Report of the Indian Hemp Drugs Commission, 1894-1895 - Volume I
Year: 1894
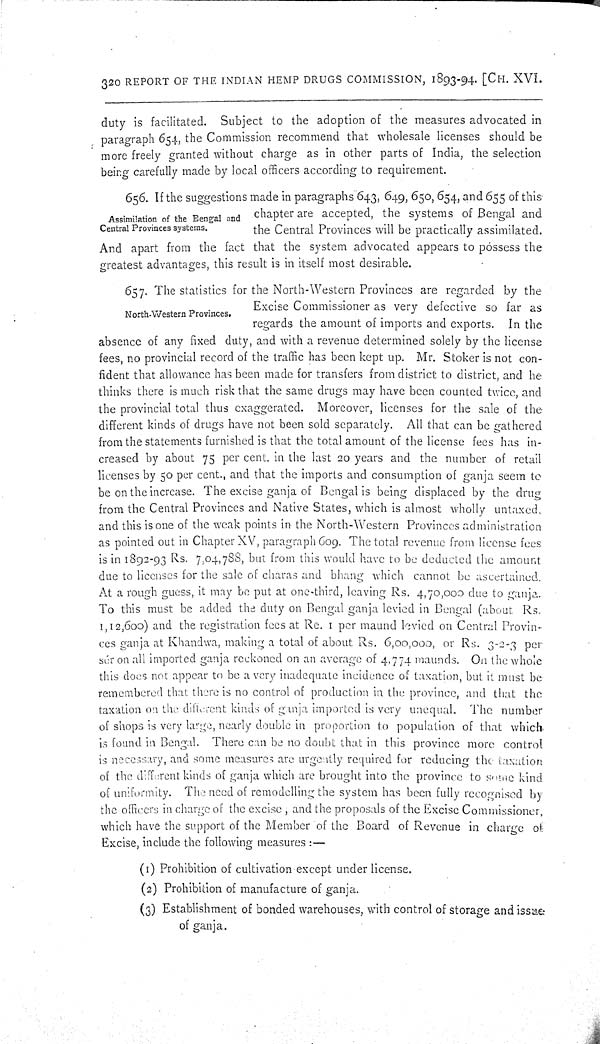
320 REPORT OF THE INDIAN HEMP DRUGS COMMISSION, 1893-94. [CH. XVI.
duty is facilitated. Subject to the adoption of the measures advocated in
paragraph 654, the Commission recommend that wholesale licenses should be
more freely granted without charge as in other parts of India, the selection
being carefully made by local officers according to requirement.
Assimilation of the Bengal and
Central Provinces systems.
656. If the suggestions made in paragraphs 643, 649, 650, 654, and 655 of this
chapter are accepted, the systems of Bengal and
the Central Provinces will be practically assimilated.
And apart from the fact that the system advocated appears to possess the
greatest advantages, this result is in itself most desirable.
North-Western Provinces.
657. The statistics for the North-Western Provinces are regarded by the
Excise Commissioner as very defective so far as
regards the amount of imports and exports. In the
absence of any fixed duty, and with a revenue determined solely by the license
fees, no provincial record of the traffic has been kept up. Mr. Stoker is not con-
fident that allowance has been made for transfers from district to district, and he
thinks there is much risk that the same drugs may have been counted twice, and
the provincial total thus exaggerated. Moreover, licenses for the sale of the
different kinds of drugs have not been sold separately. All that can be gathered
from the statements furnished is that the total amount of the license fees has in-
creased by about 75 per cent. in the last 20 years and the number of retail
licenses by 50 per cent., and that the imports and consumption of ganja seem to
be on the increase. The excise ganja of Bengal is being displaced by the drug
from the Central Provinces and Native States, which is almost wholly untaxed,
and this is one of the weak points in the North-Western Provinces administration
as pointed out in Chapter XV, paragraph 609. The total revenue from license fees
is in 1892-93 Rs. 7,04,788, but from this would have to be deducted the amount
due to licenses for the sale of charas and bhang which cannot be ascertained.
At a rough guess, it may be put at one-third, leaving Rs. 4,70,000 due to ganja.
To this must be added the duty on Bengal ganja levied in Bengal (about Rs.
1,12,600) and the registration fees at Re. 1 per maund levied on Central Provin-
ces ganja at Khandwa, making a total of about Rs. 6,00,000, or Rs. 3-2-3 per
sér on all imported ganja reckoned on an average of 4,774 maunds. On the whole
this does not appear to be a very inadequate incidence of taxation, but it must be
remembered that there is no control of production in the province, and that the
taxation on the different kinds of ganja imported is very unequal. The number
of shops is very large, nearly double in proportion to population of that which
is found in Bengal. There can be no doubt that in this province more control
is necessary, and some measures are urgently required for reducing the taxation
of the different kinds of ganja which are brought into the province to some kind
of uniformity. The need of remodelling the system has been fully recognised by
the officers in charge of the excise, and the proposals of the Excise Commissioner,
which have the support of the Member of the Board of Revenue in charge of
Excise, include the following measures:—
(1) Prohibition of cultivation except under license.
(2) Prohibition of manufacture of ganja.
(3) Establishment of bonded warehouses, with control of storage and issue
of ganja.